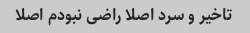
تاخیر و سرد اصلا راضی نبودم اصلا